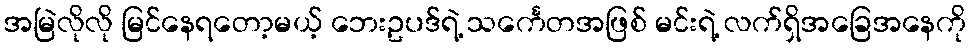
အမြဲလိုလို မြင်နေရတော့မယ့် ဘေးဥပဒ်ရဲ့ သင်္ကေတအဖြစ် မင်းရဲ့ လက်ရှိအခြေအနေကို